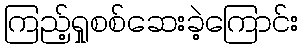
ကြည့်ရှုစစ်ဆေးခဲ့ကြောင်း